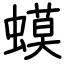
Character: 蟆